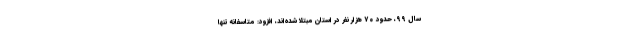
سال ۹۹، حدود ۷۰ هزار نفر در استان مبتلا شده‌اند، افزود: متاسفانه تنها